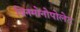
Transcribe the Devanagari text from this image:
विनमोनोपोलेट